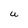
Character: U